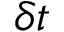
\delta t